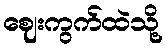
ဈေးကွက်ထဲသို့